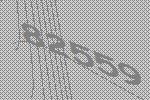
82559